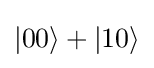
|00\rangle +|10\rangle